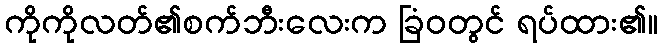
ကိုကိုလတ်၏စက်ဘီးလေးက ခြံဝတွင် ရပ်ထား၏။